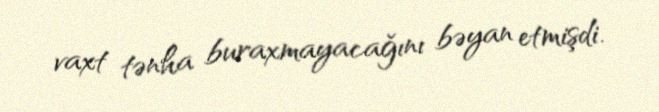
vaxt tənha buraxmayacağını bəyan etmişdi.